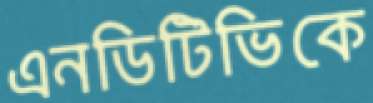
এনডিটিভিকে